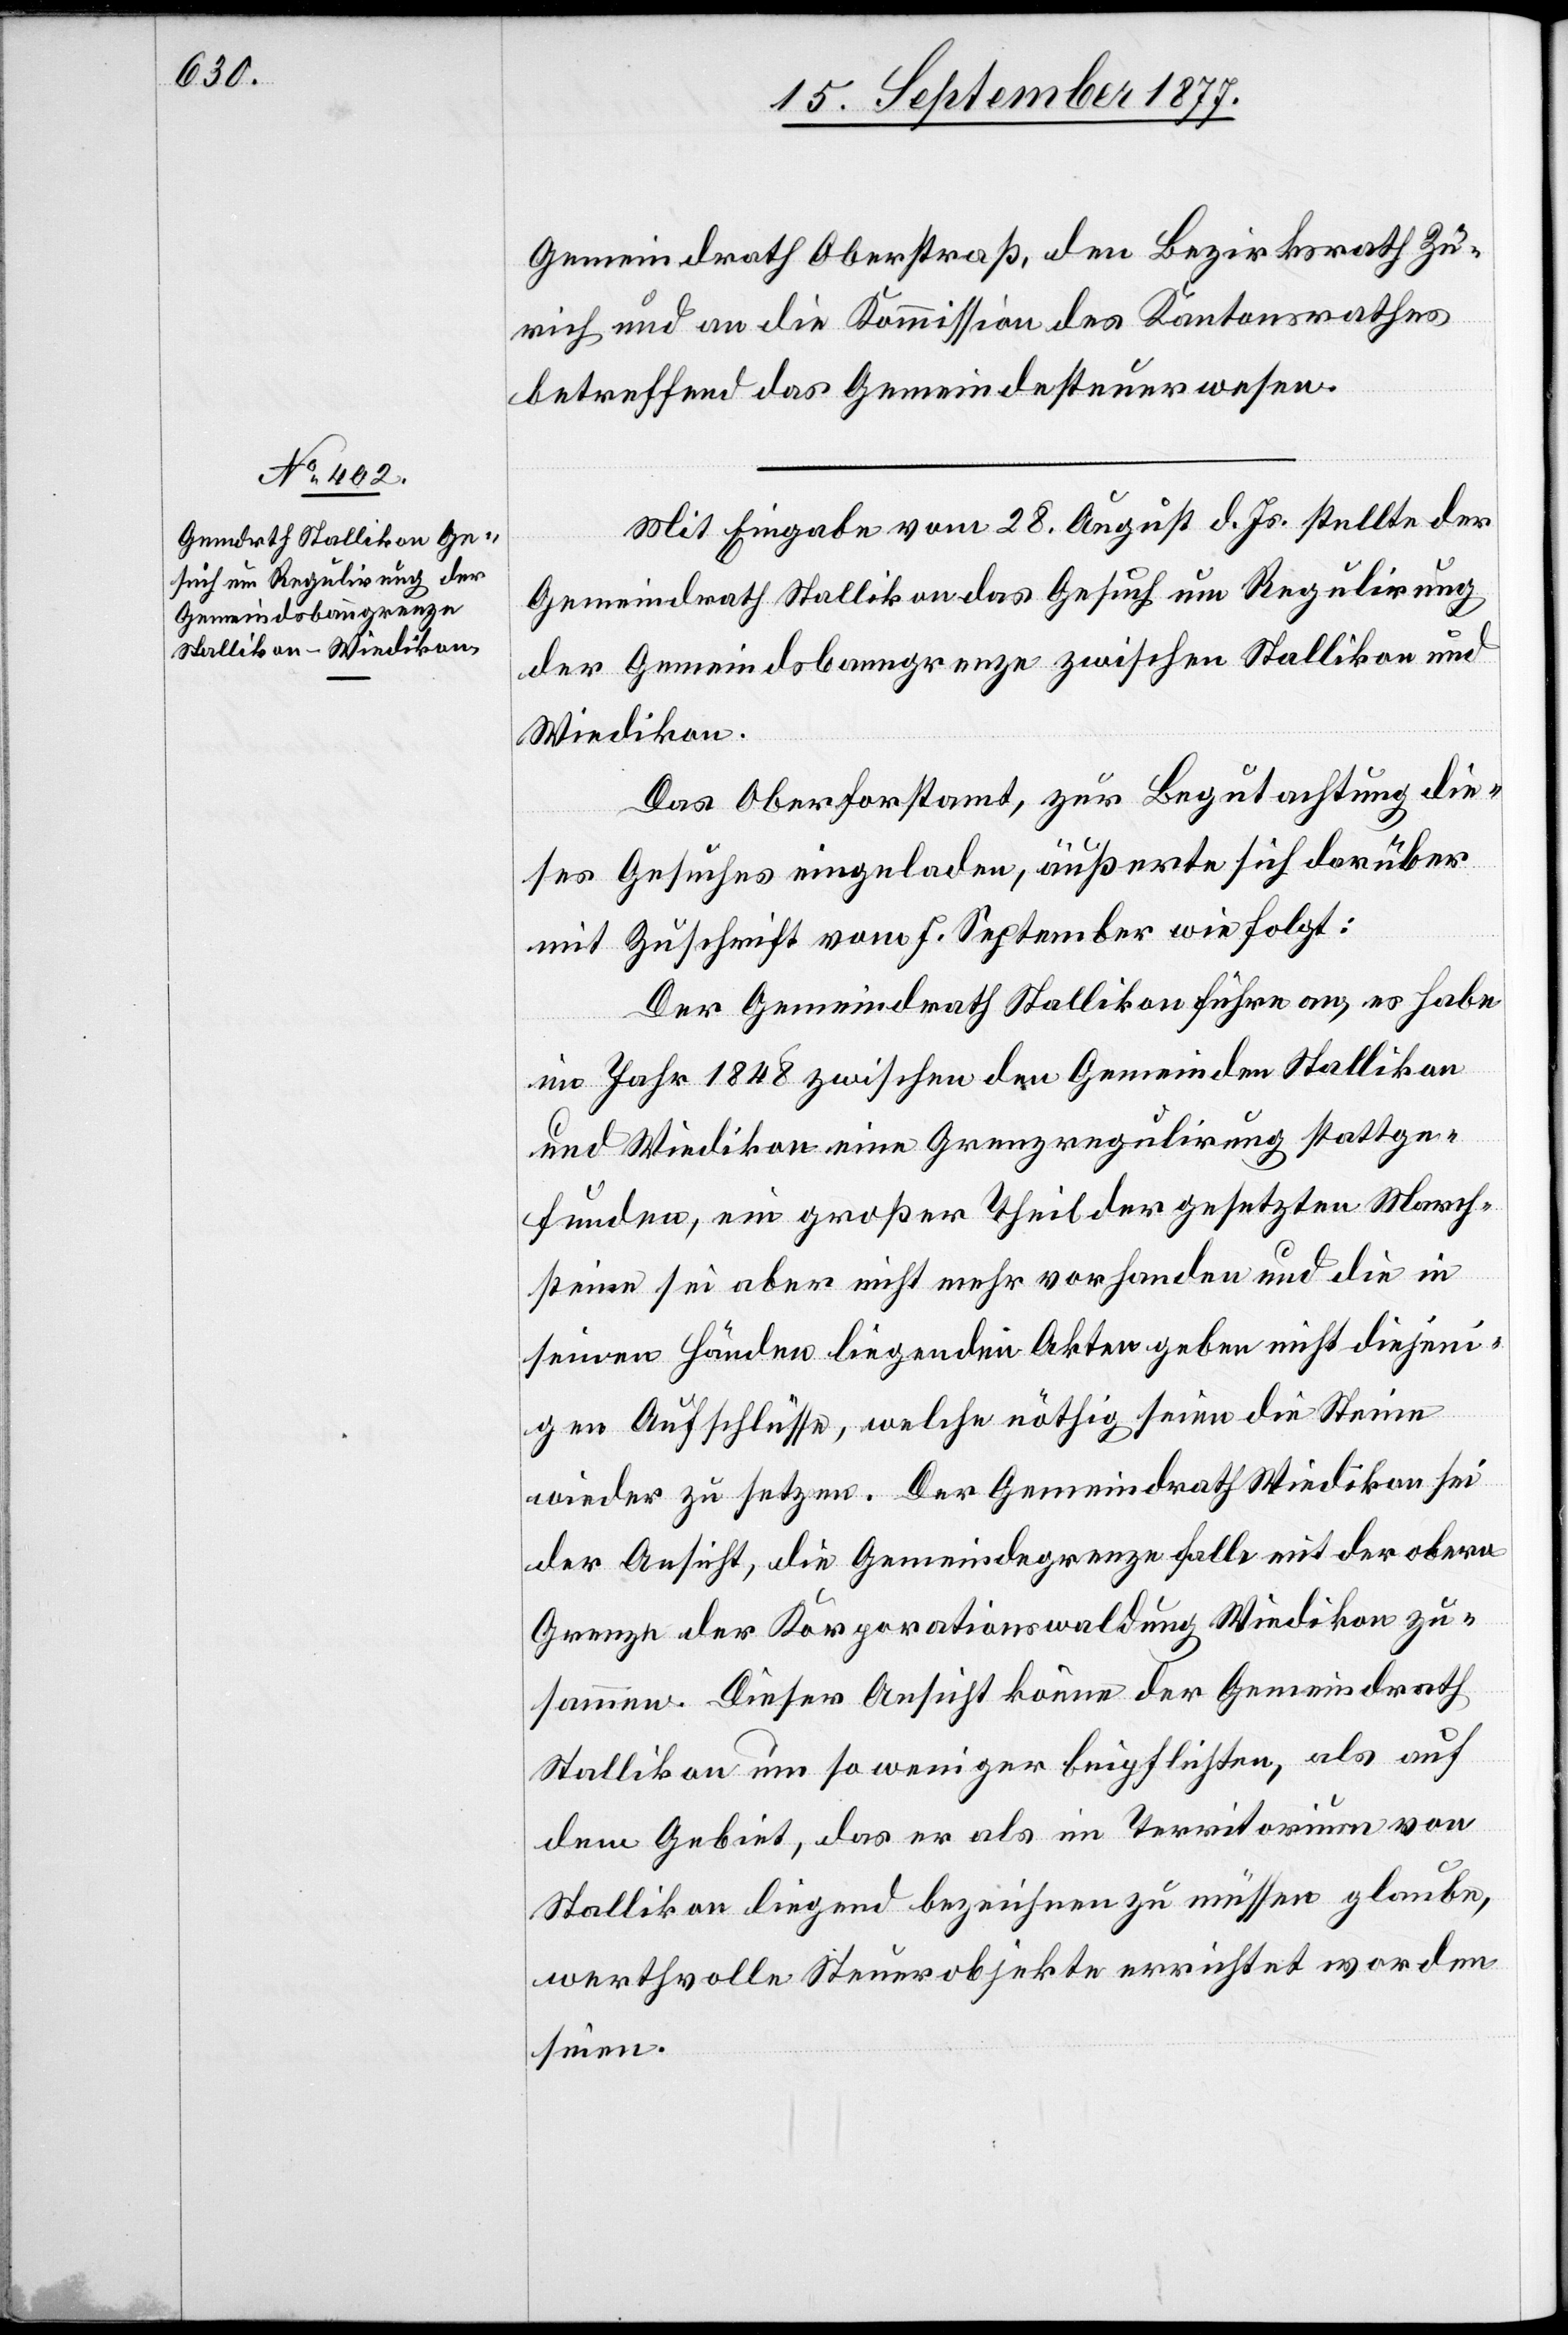
Gemeindrath Oberstraß, den Bezirksrath Zü¬
rich und an die Kommission des Kantonsrathes
betreffend das Gemeindesteuerwesen.
Mit Eingabe vom 28. August d. Js. stellte der
Gemeindrath Stallikon das Gesuch um Regulirung
der Gemeindsbanngrenze zwischen Stallikon und
Wiedikon.
Das Oberforstamt, zur Begutachtung die¬
ses Gesuches eingeladen, äußerte sich darüber
mit Zuschrift vom 7. September wie folgt:
Der Gemeindrath Stallikon führe an, es habe
im Jahr 1848 zwischen den Gemeinden Stallikon
und Wiedikon eine Grenzregulirung stattge¬
funden, ein großer Theil der gesetzten March¬
steine sei aber nicht mehr vorhanden und die in
seinen Händen liegenden Akten geben nicht diejeni¬
gen Aufschlüsse, welche nöthig seien die Steine
wieder zu setzen. Der Gemeindrath Wiedikon sei
der Ansicht, die Gemeindegrenze falle mit der obern
Grenze der Korporationswaldung Wiedikon zu¬
sammen. Dieser Ansicht könne der Gemeindrath
Stallikon um so weniger beipflichten, als auf
dem Gebiet, das er als im Territorium von
Stallikon liegend bezeichnen zu müssen glaube,
werthvolle Steuerobjekte errichtet worden
seien.